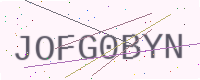
Text: JOFG0BYN